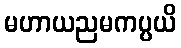
မဟာယညမကပ္ပယိ